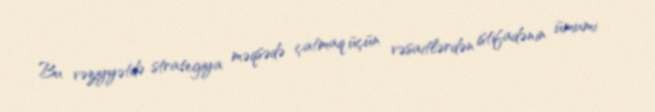
Bu vəziyyətdə strategiya məqsədə çatmaq üçün vəsaitlərdən istifadənin ümumi